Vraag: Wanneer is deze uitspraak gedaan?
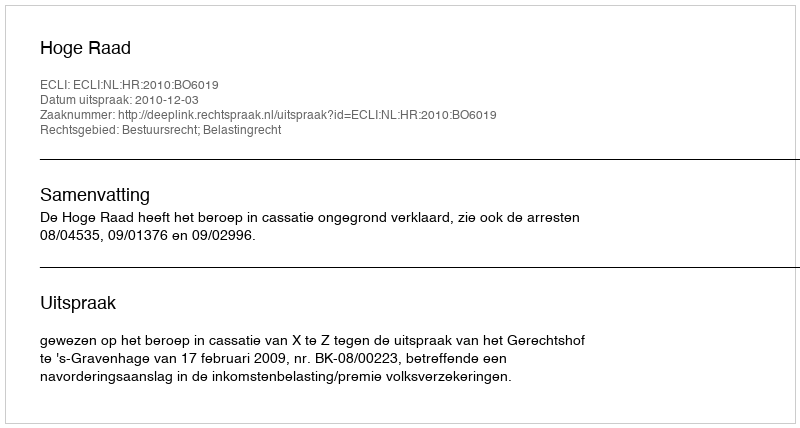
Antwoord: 2010-12-03